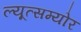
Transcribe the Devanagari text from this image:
ल्यूत्सम्योर